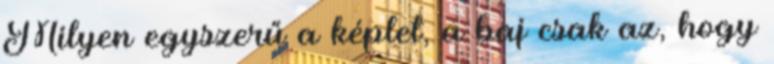
Milyen egyszerű a képlet, a baj csak az, hogy